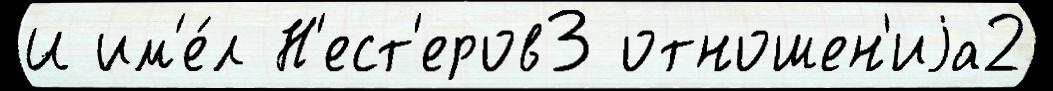
И им'е́л Н'ест'еров3 отношен'иjа2